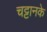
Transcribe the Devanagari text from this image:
चट्टानके